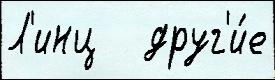
Л'инц   друг'и́е